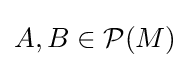
A,B\in {\mathcal {P}}(M)